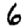
Digit: 6